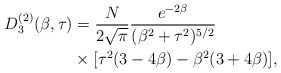
\begin{align*}D^{(2)}_{3}(\beta, \tau) &= \frac{N}{2\sqrt{\pi}} \frac{e^{-2\beta}}{(\beta^{2} + \tau^{2})^{5/2}} \\&\times [\tau^{2}(3-4\beta) - \beta^{2}(3+4\beta)],\end{align*}